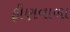
ફીણવાળા